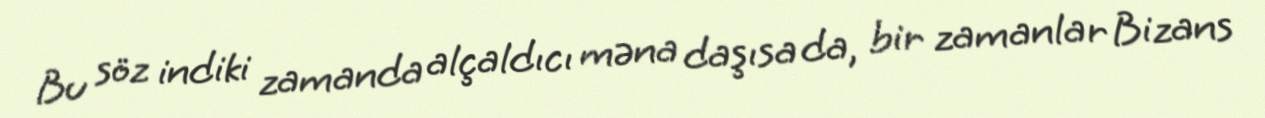
Bu söz indiki zamanda alçaldıcı məna daşısa da, bir zamanlar Bizans